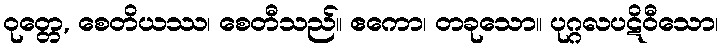
ဝုတ္တေ, စေတိယဿ၊ စေတီသည်။ ဧကော၊ တခုသော။ ပုဂ္ဂလပဋိဝီသော၊